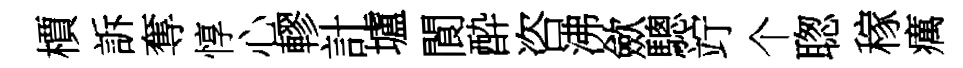
檟訴奪惇心轇計壚閬酔咨沸歛驄竚个聦稼癘